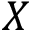
X